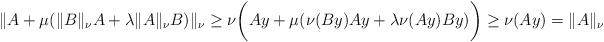
LaTeX: \begin{align*}\| A +\mu(\| B\|_{\nu}A + \lambda \| A\|_{\nu}B)\|_{\nu}\geq \nu\bigg(Ay + \mu(\nu(By)Ay + \lambda\nu(Ay)By)\bigg) \geq \nu(Ay) = \| A\|_{\nu}\end{align*}